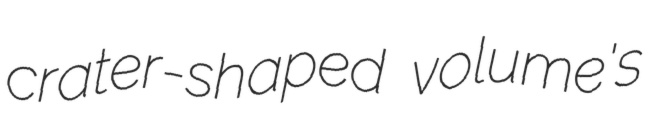
crater-shaped volume's